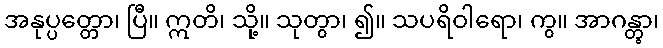
အနုပ္ပတ္တော၊ ပြီ။ ဣတိ၊ သို့။ သုတွာ၊ ၍။ သပရိဝါရော၊ ကွ။ အာဂန္တွာ၊